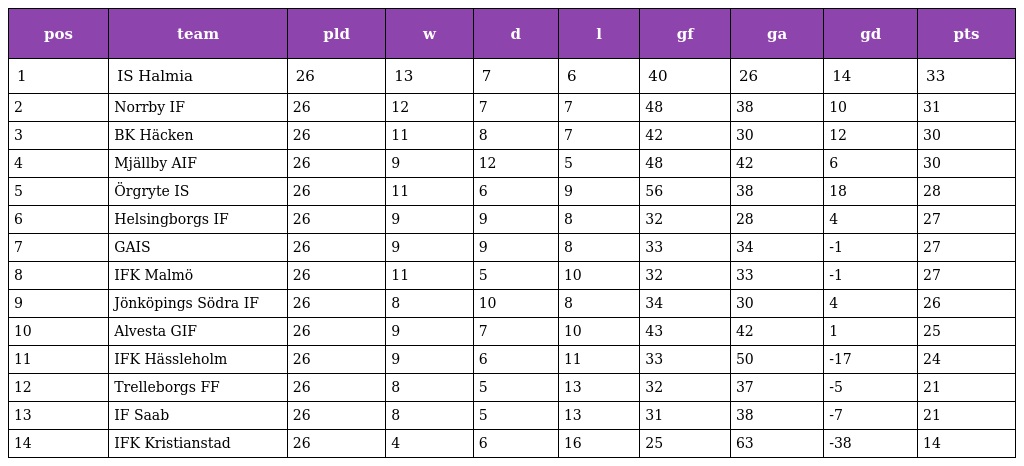
| pos | team | pld | w | d | l | gf | ga | gd | pts |
 | --- | --- | --- | --- | --- | --- | --- | --- | --- | --- |
 | 1 | IS Halmia | 26 | 13 | 7 | 6 | 40 | 26 | 14 | 33 |
 | 2 | Norrby IF | 26 | 12 | 7 | 7 | 48 | 38 | 10 | 31 |
 | 3 | BK Häcken | 26 | 11 | 8 | 7 | 42 | 30 | 12 | 30 |
 | 4 | Mjällby AIF | 26 | 9 | 12 | 5 | 48 | 42 | 6 | 30 |
 | 5 | Örgryte IS | 26 | 11 | 6 | 9 | 56 | 38 | 18 | 28 |
 | 6 | Helsingborgs IF | 26 | 9 | 9 | 8 | 32 | 28 | 4 | 27 |
 | 7 | GAIS | 26 | 9 | 9 | 8 | 33 | 34 | -1 | 27 |
 | 8 | IFK Malmö | 26 | 11 | 5 | 10 | 32 | 33 | -1 | 27 |
 | 9 | Jönköpings Södra IF | 26 | 8 | 10 | 8 | 34 | 30 | 4 | 26 |
 | 10 | Alvesta GIF | 26 | 9 | 7 | 10 | 43 | 42 | 1 | 25 |
 | 11 | IFK Hässleholm | 26 | 9 | 6 | 11 | 33 | 50 | -17 | 24 |
 | 12 | Trelleborgs FF | 26 | 8 | 5 | 13 | 32 | 37 | -5 | 21 |
 | 13 | IF Saab | 26 | 8 | 5 | 13 | 31 | 38 | -7 | 21 |
 | 14 | IFK Kristianstad | 26 | 4 | 6 | 16 | 25 | 63 | -38 | 14 |